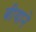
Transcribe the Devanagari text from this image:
बीयाने